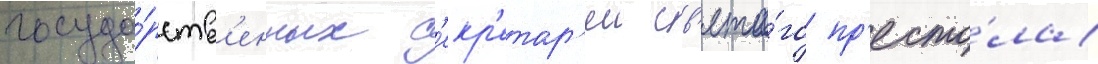
госуда́рств'енных с'екр'етар'еи св'ято́го пр'есто́ла